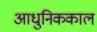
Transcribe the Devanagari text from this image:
आधुनिककाल